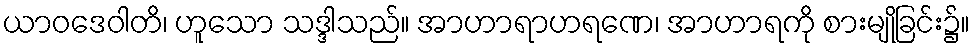
ယာဝဒေဝါတိ၊ ဟူသော သဒ္ဒါသည်။ အာဟာရာဟရဏေ၊ အာဟာရကို စားမျိုခြင်း၌။